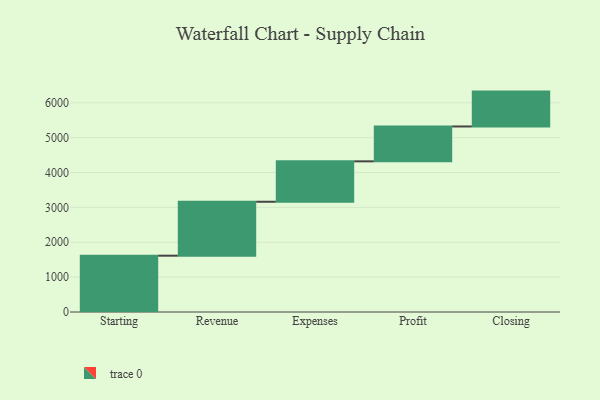
{"axis": {"x": "Step", "y": "Value"}, "legend": [""], "data": [{"x": "Starting", "y": 1615.0, "type": ""}, {"x": "Revenue", "y": 1547.0, "type": ""}, {"x": "Expenses", "y": 1159.0, "type": ""}, {"x": "Profit", "y": 1000, "type": ""}, {"x": "Closing", "y": 1000, "type": ""}]}